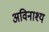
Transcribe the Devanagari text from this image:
अविनाश्य